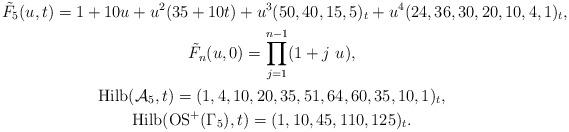
LaTeX: \begin{gather*}{\tilde{F}}_{5}(u,t) = 1+10 u+ u^2 (35+10 t)+ u^3 (50,40,15,5)_{t}+ u^4 (24,36,30,20,10,4,1)_{t},\\ {\tilde{F}}_{n}(u,0)= \prod_{j=1}^{n-1}(1+ j~u),\\{\rm Hilb}({\cal A}_5,t)=(1,4,10,20,35,51,64,60,35,10,1)_{t},\\{\rm Hilb}({\rm OS}^{+}(\Gamma_5),t)= (1,10,45,110,125)_{t}.\end{gather*}